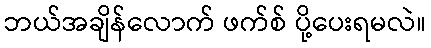
ဘယ်အချိန်လောက် ဖက်စ် ပို့ပေးရမလဲ။